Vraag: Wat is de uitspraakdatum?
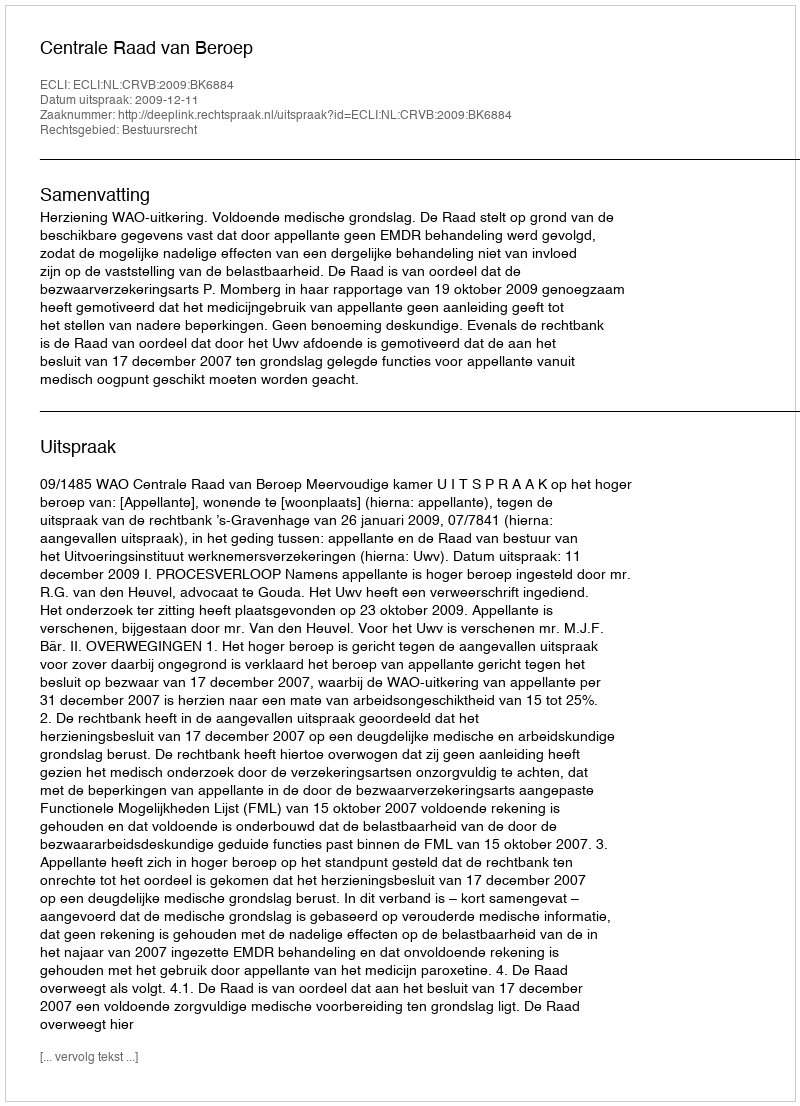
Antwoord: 2009-12-11